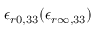
\epsilon _ { r 0 , 3 3 } ( \epsilon _ { r \infty , 3 3 } )